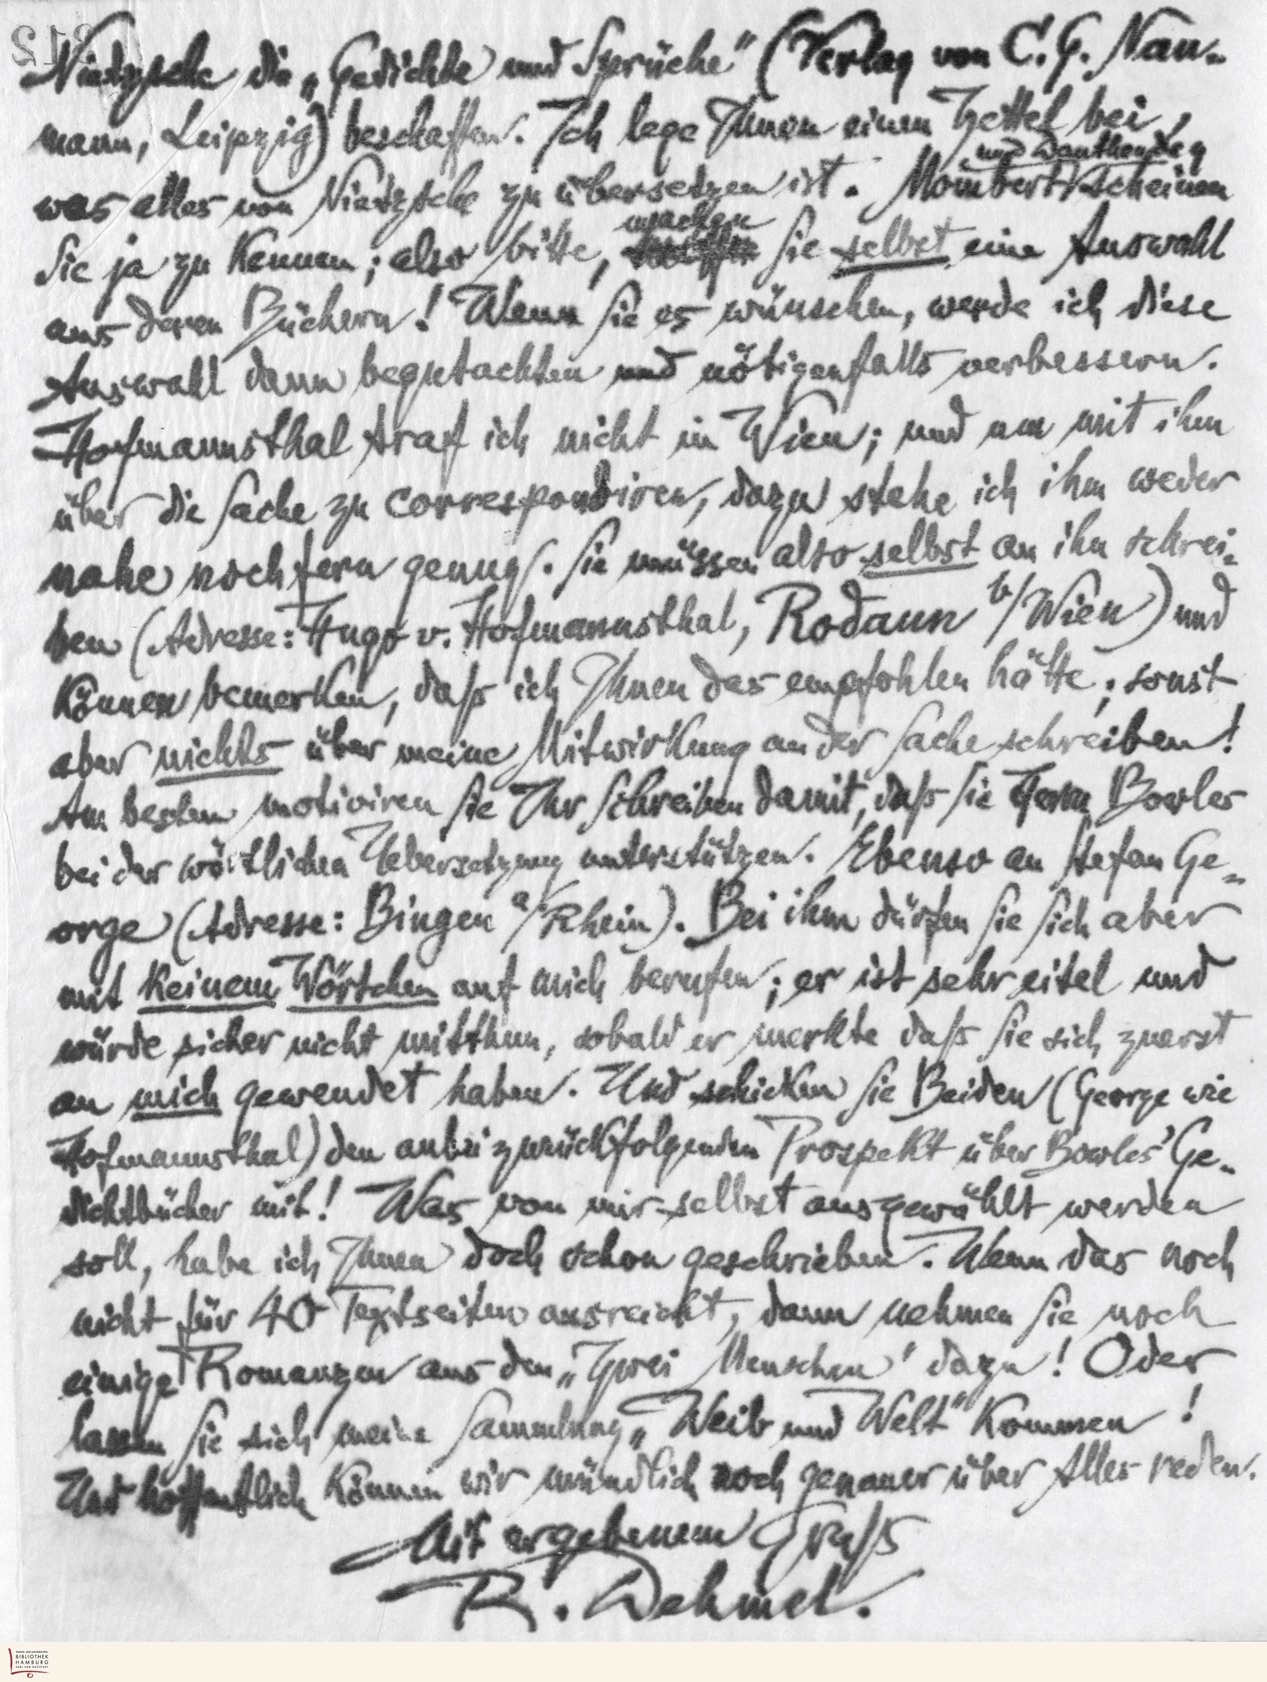
Nietzsche die "Gedichte und Sprüche". (Verlag von C.G.Nau-
mann, Leipzg) beschaffen. Ich lege Ihnen einen Zettel bei
und Dauthedey
was alles von NIetzsche zu übersetzen ist. Mombert scheinen
machen
Sie ja zu kennen; also bitte Sie selbst eine Auswahl
aus den Büchern! Wenn Sie es wünschen, werde ich diese
Auswahl dann begutachten und nötigenfalls verbessern.
Hofmannsthal traf ich nicht in Wien; und um mit ihm
über die Sache zu correspondieren, dazu stehe ich ihm weder
nahe noch fern genug. Sie müssen also selbst an ihn schrei-
ben (Adresse: Hugo von Hofmassthal, Rodaun b/Wien) und
können bemerken, daß ich Ihnen das empfohlen hätte; sonst
aber nichts über meine Mitwirkung an der Sache schreiben!
Am besten motiviren Sie Ihr Schreiben damit, daß Sie Herrn Bowler
bei der wörtlichen Uebersetzung unterstützen. Ebenso an Stefan Ge-
orge (Adresse: Bingen a/Rhein). Bei ihm dürfen Sie sich aber
mit keinem Wörtchen auf mich berufen; er ist sehr eitel und
würde sicher nicht mitthun, sobald er merkte daß Sie sich zuerst
an mich gewendet haben.Und schicken Sie Beiden (George wie
Hofmannsthal) den anbei zurückfolgenden Prospekt über Bowles Ge-
dichtbücher mit! Was von mir selbst ausgewählt werden
soll, habe ich Ihnen doch schon geschrieben. Wenn das noch
nicht für 40 Textseiten ausreicht, dann nehmen Sie noch
einige Romanzen aus den "Zwei Menschen" dazu! Oder
lassen Sie sich meine Sammlung "Weib und Welt" kommen!
Und hoffentlich können wir mündlich noch genauer über Alles reden.
Mit ergebenem Gruß
R. Dehmel